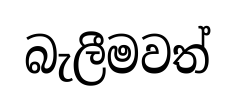
බැලීමවත්